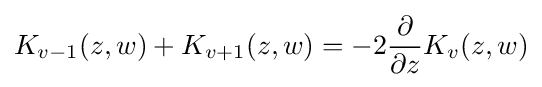
K_{v-1}(z,w)+K_{v+1}(z,w)=-2{\dfrac {\partial }{\partial z}}K_{v}(z,w)